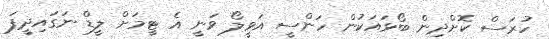
ހުރަސް ކޮށްދިން ބޯޅައަކުން ހަންސީ އަވީލޯ ވަނީ އެ ޓީމަށް ލީޑް ނަގައިދީފަ